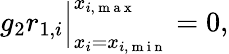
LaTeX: \begin{array}{r}{g_{2}r_{1,i}\Big|_{x_{i}=x_{i,\mathrm{~m~i~n~}}}^{x_{i,\mathrm{~m~a~x~}}}=0,}\end{array}